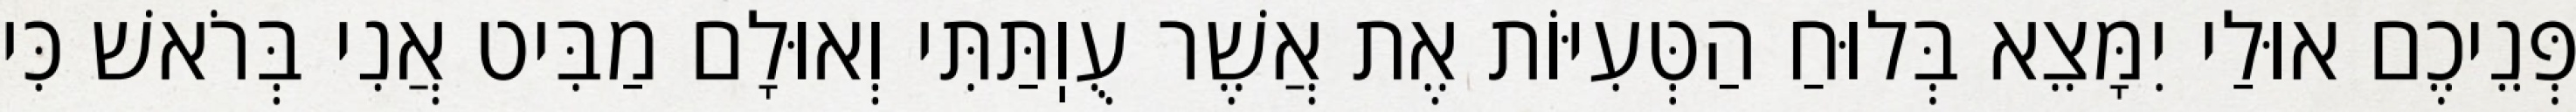
פְּנֵיכֶם אוּלַי יִמָּצֵא בְּלוּחַ הַטְּעִיּוֹת אֶת אֲשֶׁר עֻוֽתַּתִּי וְאוּלָם מַבִּיט אֲנִי בְּרֹאשׁ כִּי